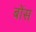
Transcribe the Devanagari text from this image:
बोंस